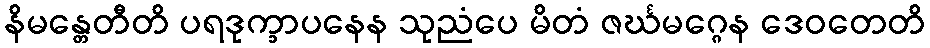
နိမန္တေတီတိ ပရဒုက္ခာပနေန သုညံပေ မိတံ ဇင်္ဃမဂ္ဂေန ဒေဝတေတိ